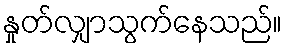
နှုတ်လျှာသွက်နေသည်။